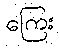
ကြေး